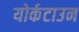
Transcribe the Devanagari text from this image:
योर्कटाउन